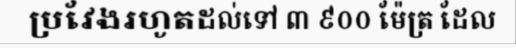
ប្រវែងរហូតដល់ទៅ ៣ ៩០០ ម៉ែត្រ ដែល